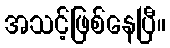
အသင့်ဖြစ်နေပြီ။